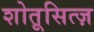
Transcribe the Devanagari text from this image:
शोतूसित्ज़